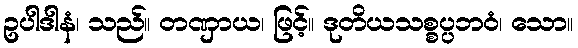
ဥပါဒါနံ၊ သည်။ တဏှာယ၊ ဖြင့်။ ဒုတိယသစ္စပ္ပဘဝံ၊ သော။